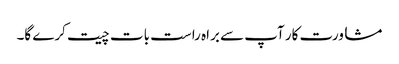
مشاورت کار آپ سے براہ راست بات چیت کرے گا۔